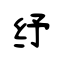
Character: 纾